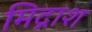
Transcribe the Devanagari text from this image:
मिद्राश